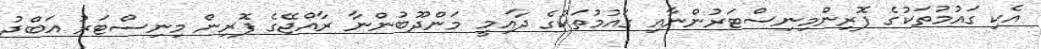
އެކި ގައުމުތަކުގެ ފޮރިންމިނިސްޓަރުންނާއި ގައުމުތަކުގެ ދާއިމީ މަންދޫބުންނާ ރާއްޖޭގެ ފޮރިން މިނިސްޓަރު އަބްދު